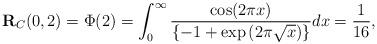
LaTeX: \begin{align*}\textbf{R}_{C}(0,2)=\Phi(2)=\int_{0}^{\infty}\frac{\cos(2\pi x)}{\{-1+\exp{(2\pi\sqrt{x})}\}}dx=\frac{1}{16},\end{align*}